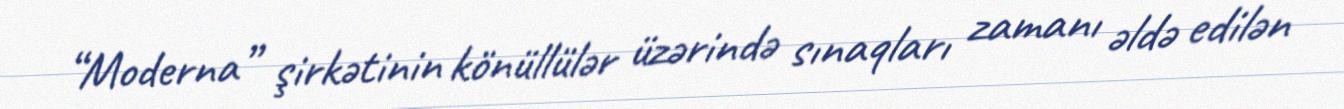
“Moderna” şirkətinin könüllülər üzərində sınaqları zamanı əldə edilən